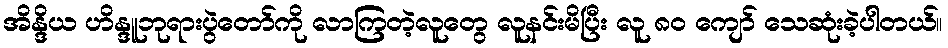
အိန္ဒိယ ဟိန္ဒူဘုရားပွဲတော်ကို လာကြတဲ့လူတွေ လူနင်းမိပြီး လူ ၈၀ ကျော် သေဆုံးခဲ့ပါတယ်။